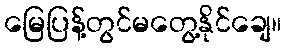
မြေပြန့်တွင်မတွေ့နိုင်ချေ။